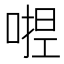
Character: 𭉛